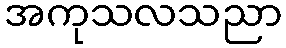
အကုသလသညာ